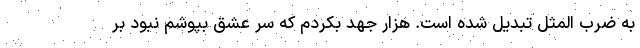
به ضرب المثل تبدیل شده است. هزار جهد بکردم که سر عشق بپوشم نبود بر